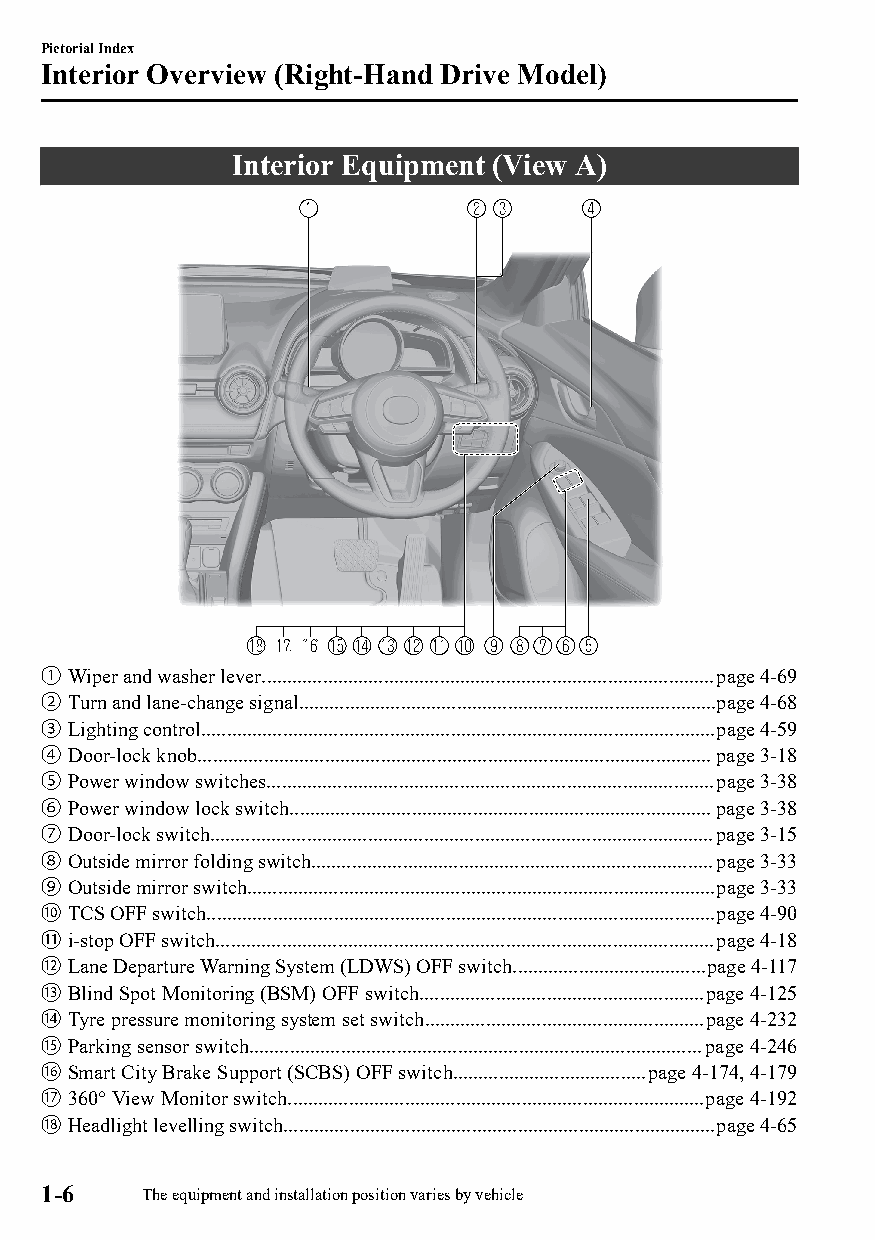
Pictorial Index
 Interior Overview (Right-Hand Drive Model)
 Interior Equipment (View A)
 ① Wiper and washer lever.........................................................................................page 4-69
 ② Turn and lane-change signal..................................................................................page 4-68
 ③ Lighting control.....................................................................................................page 4-59
 ④ Door-lock knob.....................................................................................................page 3-18
 ⑤ Power window switches........................................................................................page 3-38
 ⑥ Power window lock switch...................................................................................page 3-38
 ⑦ Door-lock switch...................................................................................................page 3-15
 ⑧ Outside mirror folding switch...............................................................................page 3-33
 ⑨ Outside mirror switch............................................................................................page 3-33
 ⑩ TCS OFF switch....................................................................................................page 4-90
 ⑪ i-stop OFF switch..................................................................................................page 4-18
 ⑫ Lane Departure Warning System (LDWS) OFF switch......................................page 4-117
 ⑬ Blind Spot Monitoring (BSM) OFF switch........................................................page 4-125
 ⑭ Tyre pressure monitoring system set switch.......................................................page 4-232
 ⑮ Parking sensor switch.........................................................................................page 4-246
 ⑯ Smart City Brake Support (SCBS) OFF switch......................................page 4-174, 4-179
 ⑰ 360° View Monitor switch..................................................................................page 4-192
 ⑱ Headlight levelling switch.....................................................................................page 4-65
 1-6    The equipment and installation position varies by vehicle
 CX-3_8GT4-EE-18D_Edition4                  2018-9-6 18:32:19